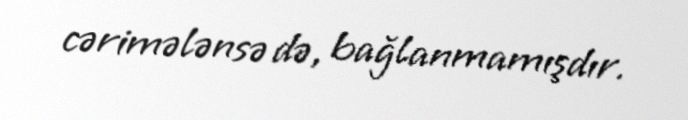
cərimələnsə də, bağlanmamışdır.